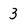
Character: 3